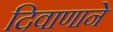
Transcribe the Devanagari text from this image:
दिवाणाने